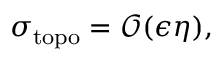
\sigma _ { \mathrm { t o p o } } = \mathcal { O } ( \epsilon \eta ) ,